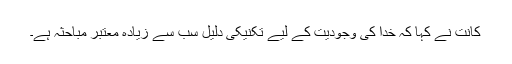
کانت نے کہا کہ خُدا کی وجودیت کے لیے تکنیکی دلیل سب سے زیادہ معتبر مباحثہ ہے۔